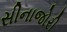
સીનાજોરી